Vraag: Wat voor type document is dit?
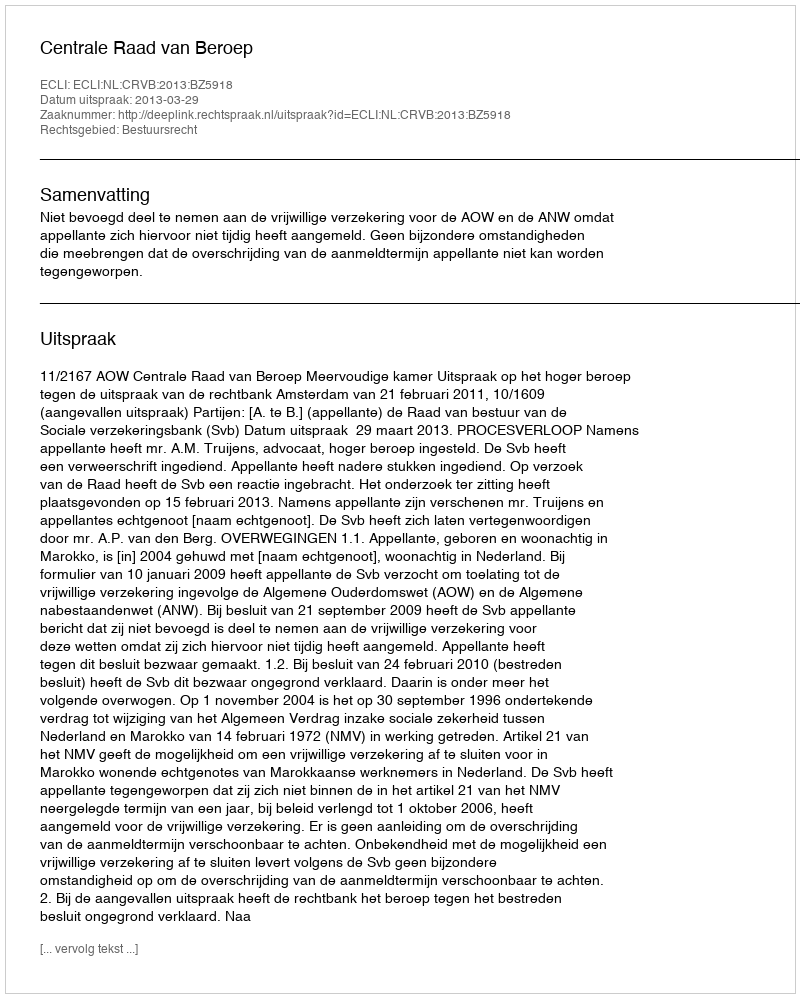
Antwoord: Uitspraak